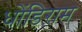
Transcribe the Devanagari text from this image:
धोंडिराम